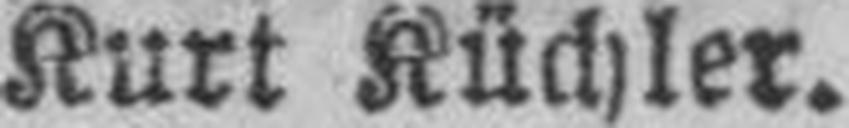
Kurt Küchler.